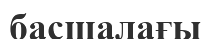
басшалағы